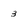
Character: 3